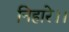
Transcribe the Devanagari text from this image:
निहारे।।